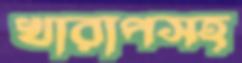
খারাপসহ